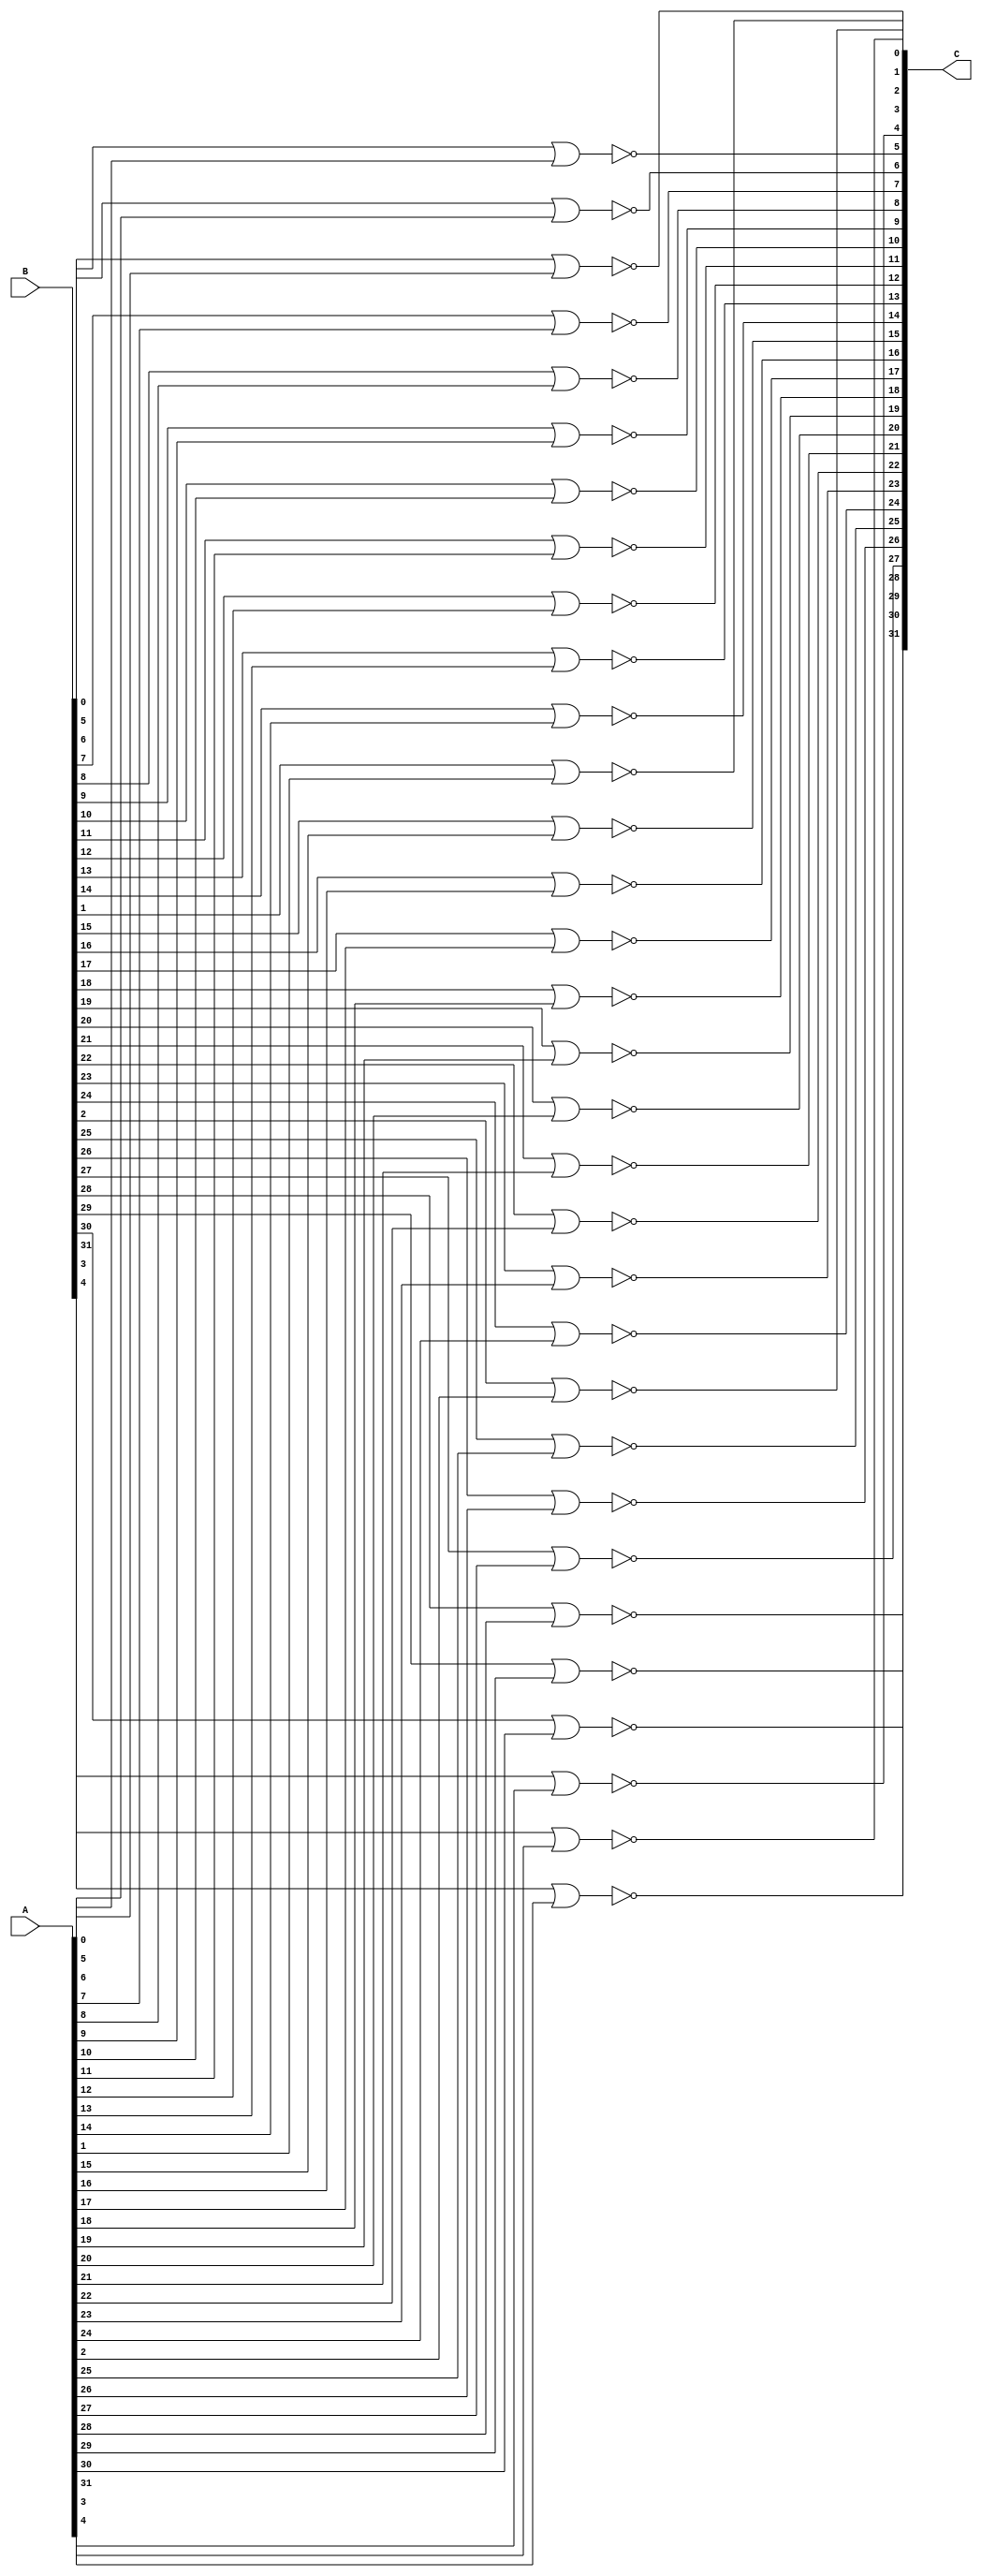
`timescale 1ns / 1ps
//////////////////////////////////////////////////////////////////////////////////
// Company: 
// Engineer: 
// 
// Design Name: 
// Module Name: nor_32b
// Project Name: 
// Target Devices: 
// Tool Versions: 
// Description: 
// 
// Dependencies: 
// 
// Revision:
// Revision 0.01 - File Created
// Additional Comments:
// 
//////////////////////////////////////////////////////////////////////////////////


module nor_32b(C,B,A );
input [31:0] A;
input [31:0] B;
output [31:0] C;

genvar i;
generate

for( i=0; i<=31; i=i+1)
begin //nor_operation
nor a1(C[i] , B[i] , A[i]);
end
endgenerate


endmodule